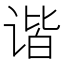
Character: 谐